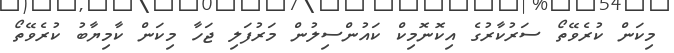
މިކަން ކުރެވޭތޯ ސަރުކާރުގެ އިކޮނޮމިކް ކައުންސިލުން މަރުފަލި ޖަހާ މިކަން ކާމިޔާބު ކުރެވޭތޯ